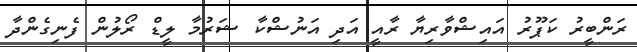
ރަންބީރު ކަޕޫރު އައިޝްވާރިޔާ ރާއީ އަދި އަނުޝްކާ ޝަރުމާ ލީޑް ރޯލުން ފެނިގެންދާ